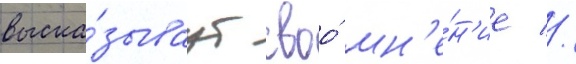
выска́зываут своо́ мн'е́н'ие //